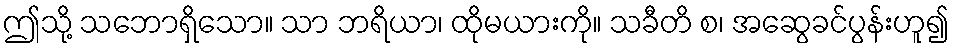
ဤသို့ သဘောရှိသော။ သာ ဘရိယာ၊ ထိုမယားကို။ သခီတိ စ၊ အဆွေခင်ပွန်းဟူ၍